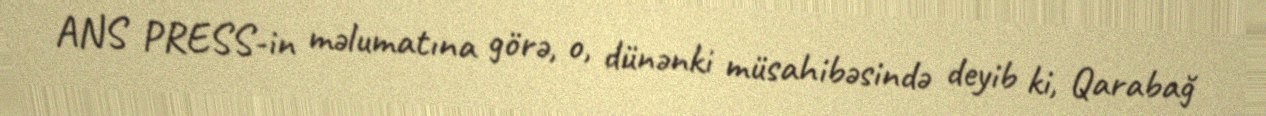
ANS PRESS-in məlumatına görə, o, dünənki müsahibəsində deyib ki, Qarabağ